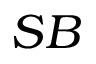
S B